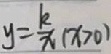
y = \frac { k } { x } ( x > 0 )